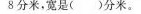
8分米，宽是()分米。